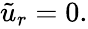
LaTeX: \begin{array}{r}{\tilde{u}_{r}=0.}\end{array}